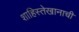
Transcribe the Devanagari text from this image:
शाहिस्तेखानाची